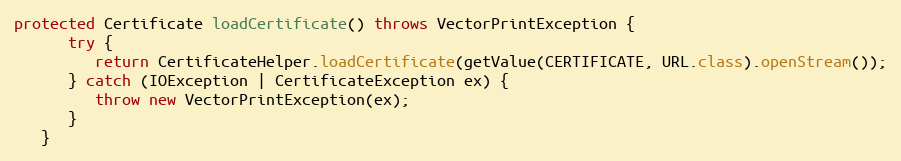
Language: Java
protected Certificate loadCertificate() throws VectorPrintException {
      try {
         return CertificateHelper.loadCertificate(getValue(CERTIFICATE, URL.class).openStream());
      } catch (IOException | CertificateException ex) {
         throw new VectorPrintException(ex);
      }
   }